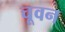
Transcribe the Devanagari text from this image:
चूवन